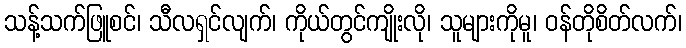
သန့်သက်ဖြူစင်၊ သီလရှင်လျက်၊ ကိုယ်တွင်ကျိုးလို၊ သူများကိုမူ၊ ဝန်တိုစိတ်လက်၊